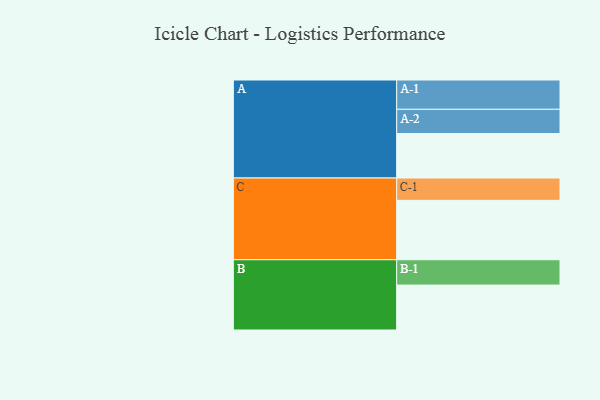
{"axis": {"x": "Segment", "y": "Value"}, "legend": ["", "A", "B", "C"], "data": [{"x": "A", "y": 404, "type": ""}, {"x": "B", "y": 408, "type": ""}, {"x": "C", "y": 539, "type": ""}, {"x": "A-1", "y": 266, "type": "A"}, {"x": "A-2", "y": 220, "type": "A"}, {"x": "B-1", "y": 230, "type": "B"}, {"x": "C-1", "y": 203, "type": "C"}]}